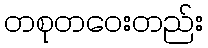
တစုတဝေးတည်း